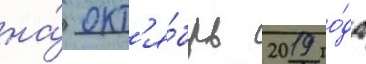
на́ окт'я́брь 2019 го́да